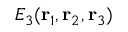
E _ { 3 } ( \mathbf { r } _ { 1 } , \mathbf { r } _ { 2 } , \mathbf { r } _ { 3 } )